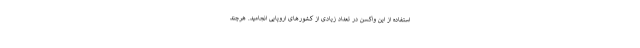
استفاده از این واکسن در تعداد زیادی از کشورهای اروپایی انجامید. هرچند